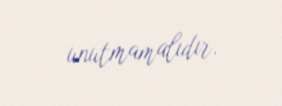
unutmamalıdır.